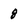
Character: g